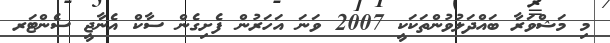
މި މަޝްވަރާ ބައްދަލުވުންތަކަކީ 2007 ވަނަ އަހަރުން ފެށިގެން ސާކް އެނާޖީ ސެންޓަރ